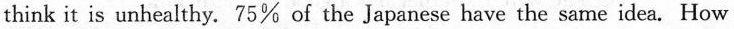
think it is unhealthy. 75% of the Japanese have the same idea. How